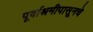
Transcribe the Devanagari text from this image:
पूर्वाश्रमीपासूनचे